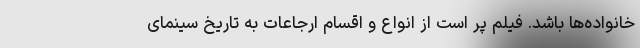
خانواده‌ها باشد. فیلم پر است از انواع و اقسام ارجاعات به تاریخ سینمای